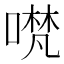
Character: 𭊃